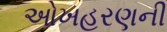
ઓખહરણની